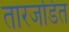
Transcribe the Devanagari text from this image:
तारजडित